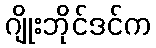
ဂျိုးဘိုင်ဒင်က